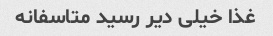
غذا خیلی دیر رسید متاسفانه